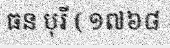
ធន បុរី ( ១៧៦៨